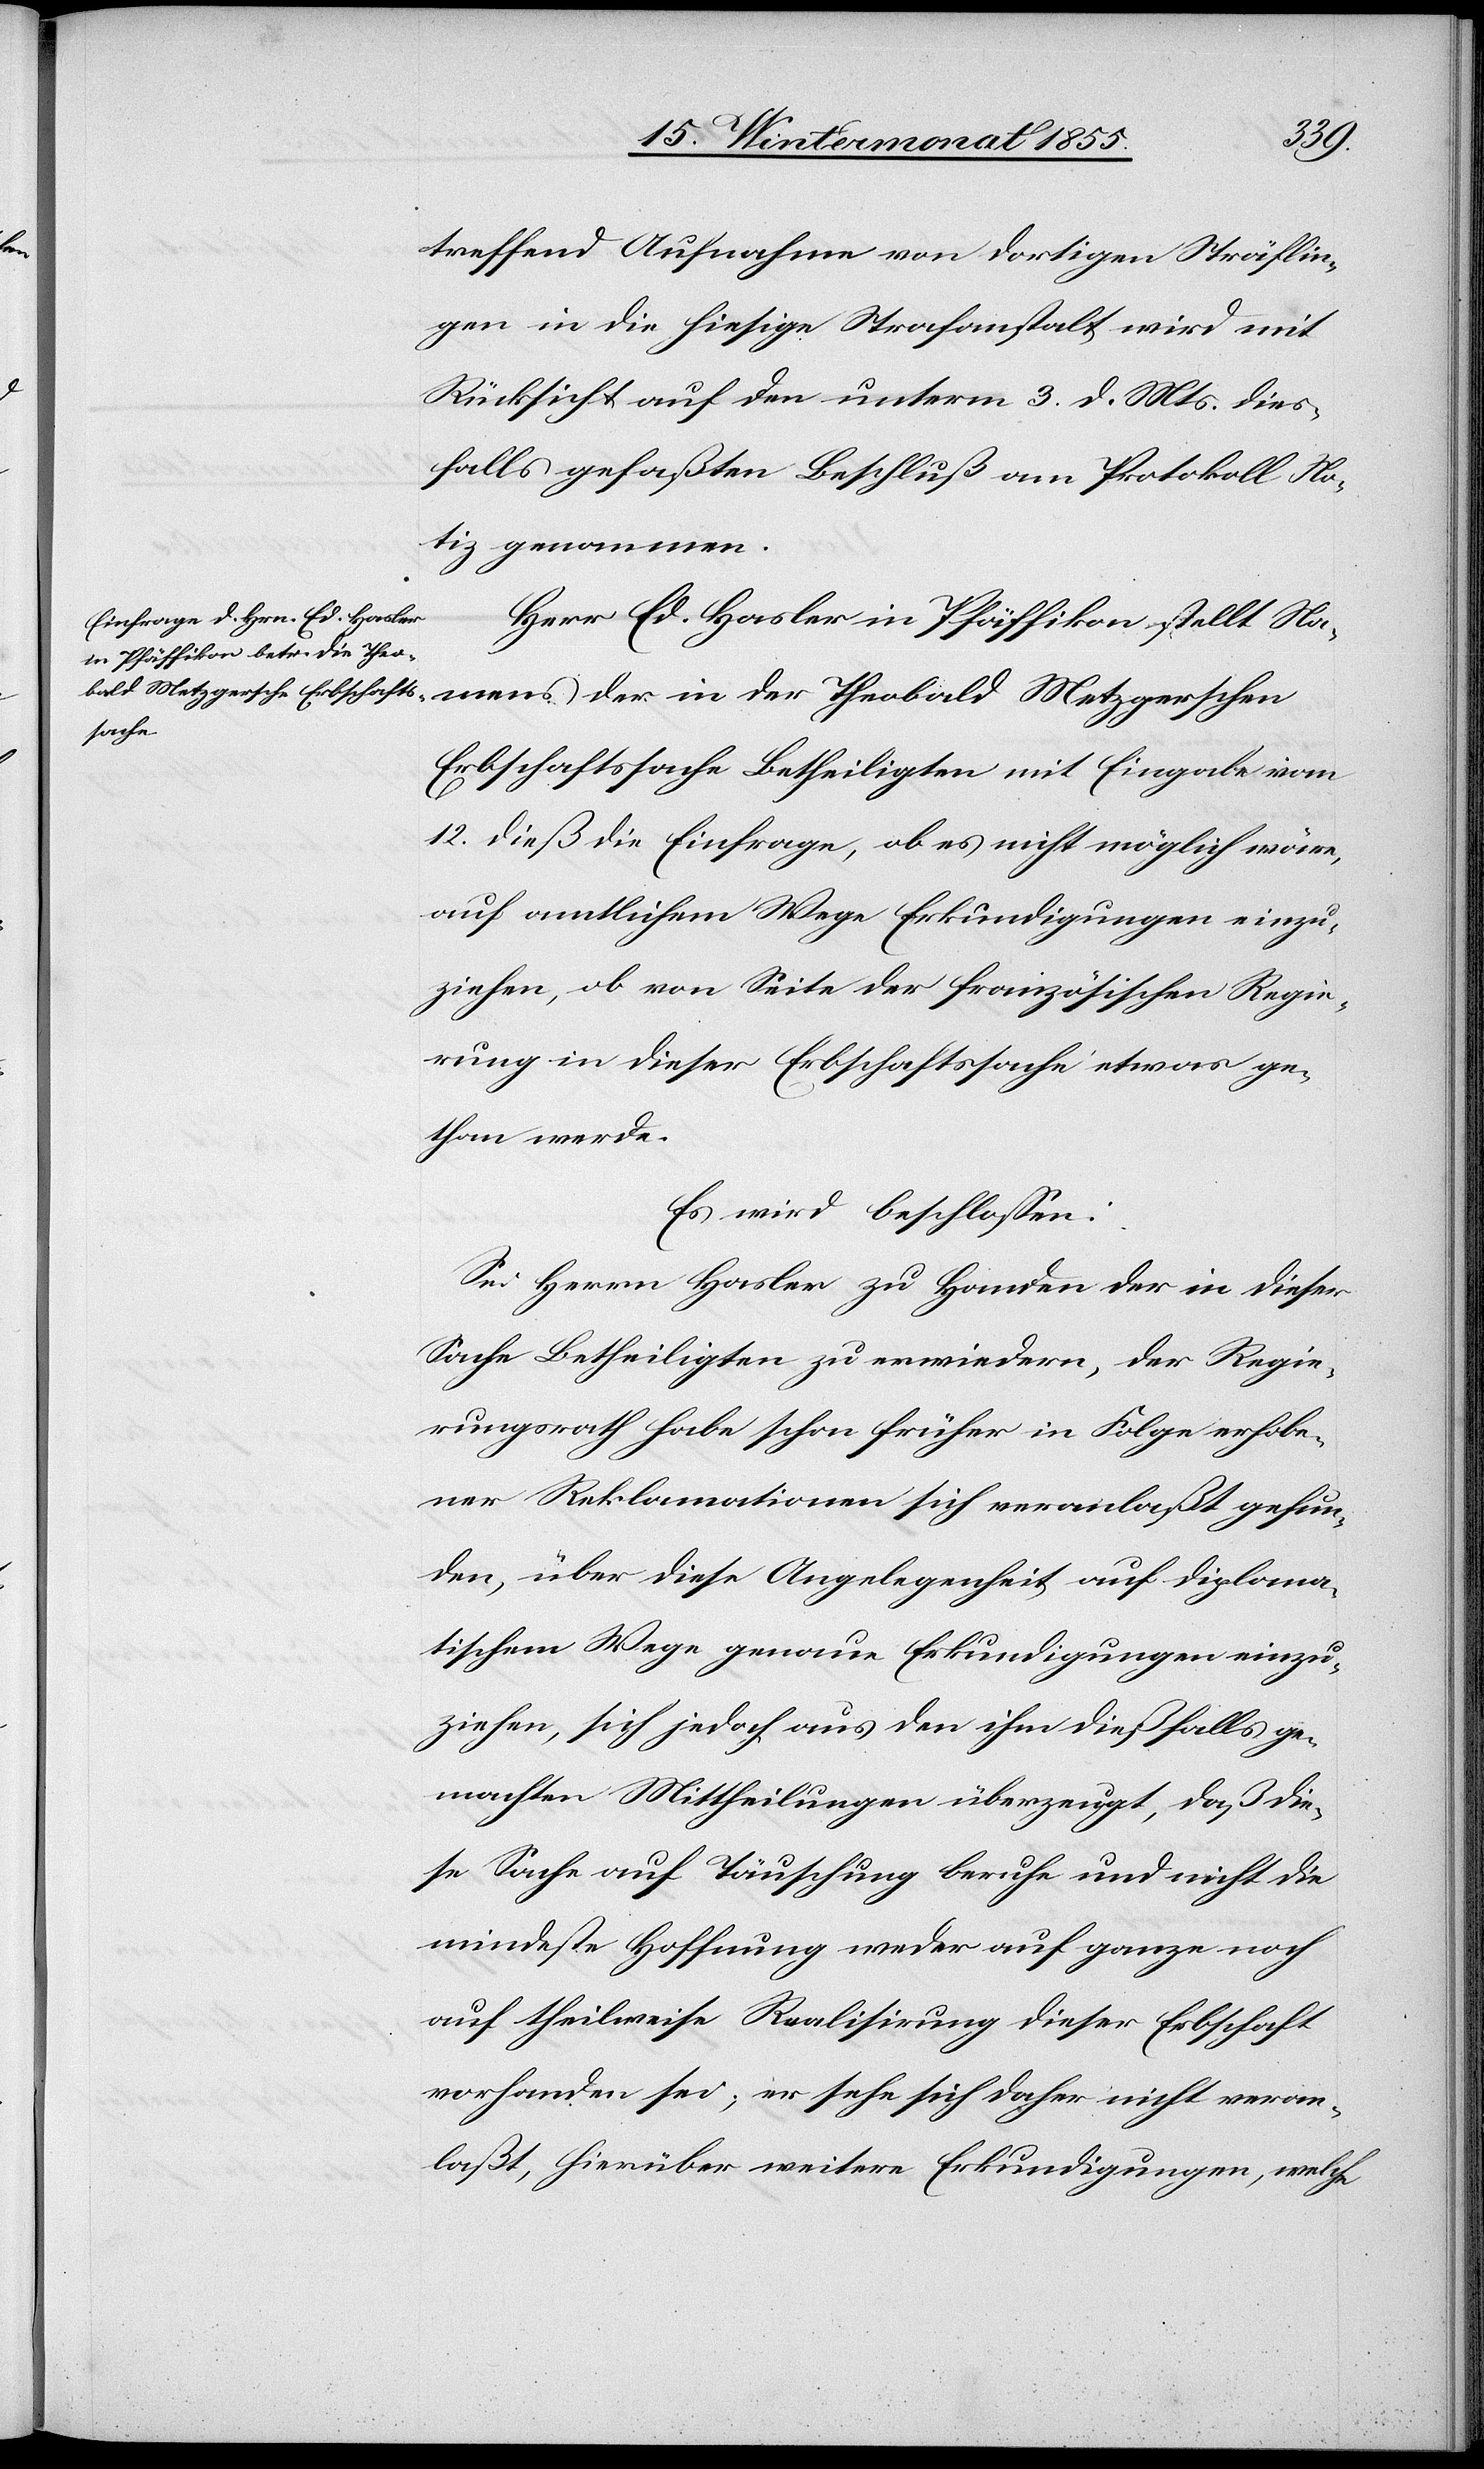
der

treffend Aufnahme von dortigen Sträflin¬
gen in die hiesige Strafanstalt wird mit
Rücksicht auf den unterm 3. d. Mts. dies¬
falls gefaßten Beschluß am Protokoll No¬
tiz genommen.
Herr Ed. Hasler in Pfäffikon stellt Nam¬
Erbschaftssache Betheiligten mit Eingabe vom
12. dieß die Einfrage, ob es nicht möglich wäre,
auf amtlichem Wege Erkundigungen einzu¬
ziehen, ob von Seite der französischen Regie¬
rung in dieser Erbschaftssache etwas ge¬
than werde.
Es wird beschlossen:
Sei Herrn Hasler zu Handen der in dieser
Sache Betheiligten zu erwiedern, der Regie¬
rungsrath habe schon früher in Folge erhobe¬
ner Reklamationen sich veranlaßt gefun¬
den, über diese Angelegenheit auf diploma¬
tischem Wege genaue Erkundigungen einzu¬
ziehen, sich jedoch aus den ihm dießfalls ge¬
machten Mittheilungen überzeugt, daß die¬
se Sache auf Täuschung beruhe und nicht die
mindeste Hoffnung weder auf ganze noch
auf theilweise Realisirung dieser Erbschaft
vorhanden sei; er sehe sich daher nicht veran¬
laßt, hierüber weitere Erkundigungen, welche